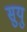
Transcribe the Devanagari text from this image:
सुयु